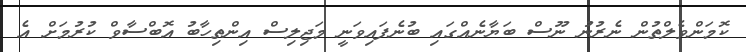
ކޮމަންވެލްތުން ނެރުނު ނޫސް ބަޔާނެއްގައި ބުނެފައިވަނީ މަޖިލިސް އިންތިހާބު އޮބްސާވް ކުރުމަށް އެ